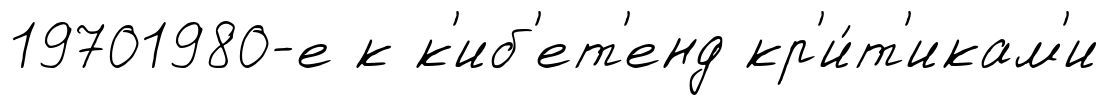
19701980-е к к'иб'ет'енд кр'и́т'икам'и